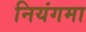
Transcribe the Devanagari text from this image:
नियंगमा